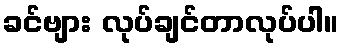
ခင်ဗျား လုပ်ချင်တာလုပ်ပါ။